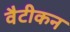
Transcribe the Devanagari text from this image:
वैटीकन